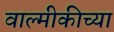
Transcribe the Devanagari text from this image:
वाल्मीकीच्या